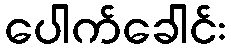
ပေါက်ခေါင်း